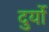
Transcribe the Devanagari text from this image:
दुर्यो